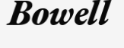
Bowell